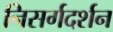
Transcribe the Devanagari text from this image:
निसर्गदर्शन